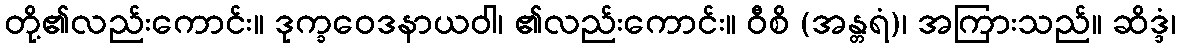
တို့၏လည်းကောင်း။ ဒုက္ခဝေဒနာယဝါ၊ ၏လည်းကောင်း။ ဝီစိ (အန္တရံ)၊ အကြားသည်။ ဆိဒ္ဒံ၊